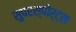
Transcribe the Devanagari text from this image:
सुपरस्पोर्ट्‌स